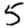
Digit: 5